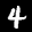
Label: 4